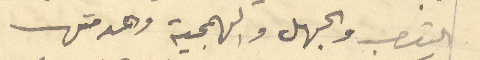
التعصب والجهل والهمجية وهدمتها